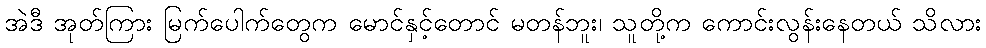
အဲဒီ အုတ်ကြား မြက်ပေါက်တွေက မောင်နှင့်တောင် မတန်ဘူး၊ သူတို့က ကောင်းလွန်းနေတယ် သိလား